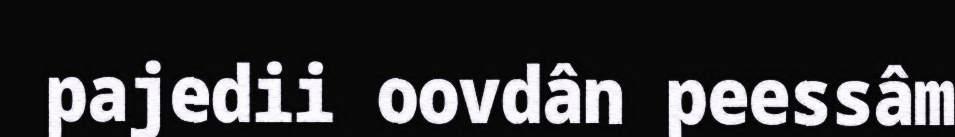
pajedii oovdân peessâm